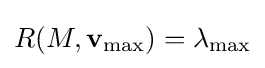
R(M,\mathbf {v} _{\max })=\lambda _{\max }